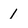
Character: 1